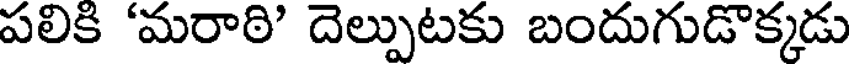
పలికి 'మరాఠి' దెల్పుటకు బందుగుడొక్కడు